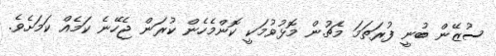
ސުޒޭން ބުނީ ފުރަތަމަ މެޗުން މޮޅުވުމަކީ ކޮންމެހެން ކުރަން ޖެހޭނެ ކަމެއް ކަމަށެވެ.